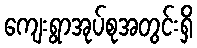
ကျေးရွာအုပ်စုအတွင်းရှိ